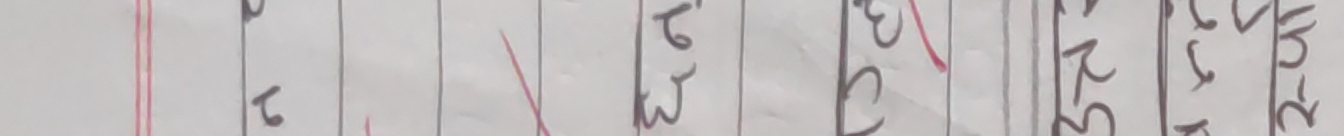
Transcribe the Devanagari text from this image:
६२३०२२